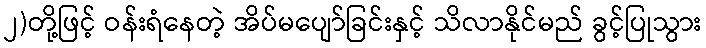
၂)တို့ဖြင့် ဝန်းရံနေတဲ့ အိပ်မပျော်ခြင်းနှင့် သိလာနိုင်မည် ခွင့်ပြုသွား